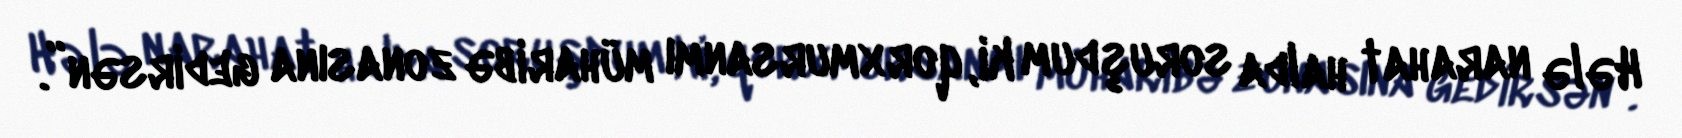
Hələ narahat halda soruşdum ki, qorxmursanmı müharibə zonasına gedirsən”.